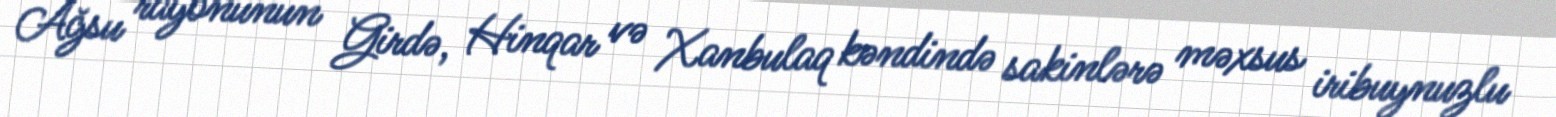
Ağsu rayonunun Girdə, Hinqar və Xanbulaq kəndində sakinlərə məxsus iribuynuzlu